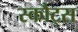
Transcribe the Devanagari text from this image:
स्कौट्स